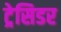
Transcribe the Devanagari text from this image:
ट्रेसिडर